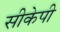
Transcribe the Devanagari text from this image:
सीकेपी